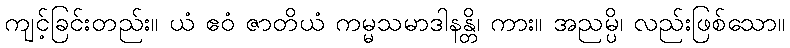
ကျင့်ခြင်းတည်း။ ယံ ဧဝံ ဇာတိယံ ကမ္မသမာဒါနန္တိ၊ ကား။ အညမ္ပိ၊ လည်းဖြစ်သော။